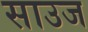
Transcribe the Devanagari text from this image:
साउज